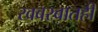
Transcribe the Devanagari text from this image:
खबरबातही